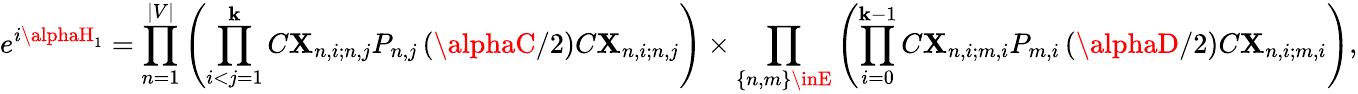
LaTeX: e^{i\alphaH_{1}}=\prod_{n=1}^{|V|}\left(\prod_{i<j=1}^{\mathbf{k}}C\mathbf{X}_{n,i;n,j}P_{n,j}\left(\alphaC/2\right)C\mathbf{X}_{n,i;n,j}\right)\times\prod_{\{ n,m\} \inE}\left(\prod_{i=0}^{\mathbf{k}-1}C\mathbf{X}_{n,i;m,i}P_{m,i}\left(\alphaD/2\right)C\mathbf{X}_{n,i;m,i}\right),